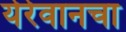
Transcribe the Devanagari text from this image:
येरेवानचा